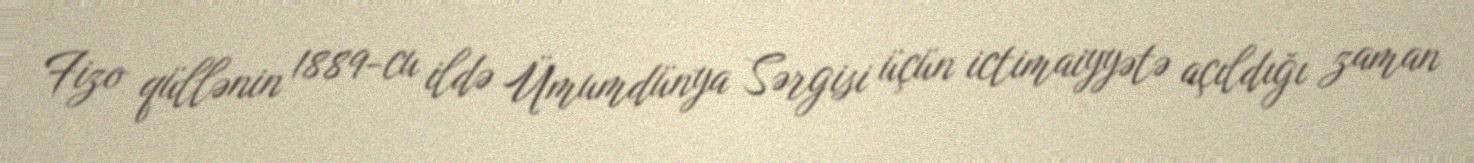
Fizo qüllənin 1889-cu ildə Ümumdünya Sərgisi üçün ictimaiyyətə açıldığı zaman